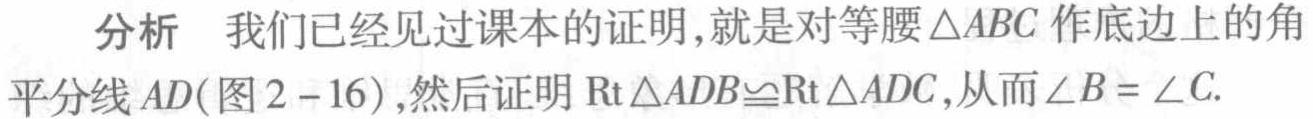
分析 我们已经见过课本的证明,就是对等腰$\triangle ABC$作底边上的角平分线$AD$(图2 - 16),然后证明$\mathrm{Rt}\triangle ADB\cong\mathrm{Rt}\triangle ADC$,从而$\angle B = \angle C$.